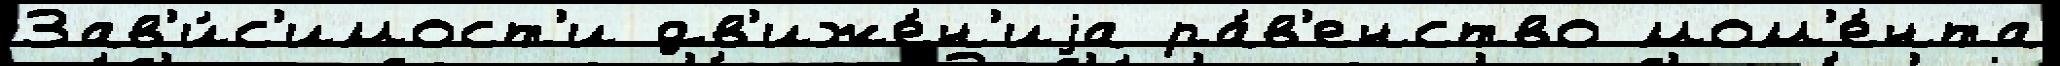
Зав'и́с'имост'и дв'иже́н'иjа ра́в'енство мом'е́нта